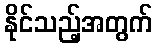
နိုင်သည့်အတွက်